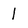
Character: l